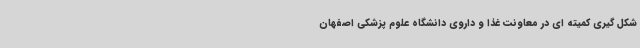
شکل گیری کمیته ای در معاونت غذا و داروی دانشگاه علوم پزشکی اصفهان